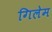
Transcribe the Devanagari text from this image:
गिलेम